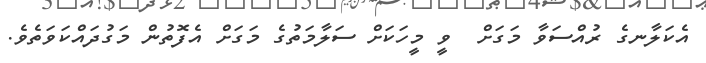
އެކަލާނގެ ރުއްސަވާ މަގަށް  ވީ މީހަކަށް ސަލާމަތުގެ މަގަށް އެފޮތުން މަގުދައްކަވަތެވެ.